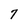
Character: 7